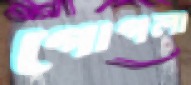
গোগলা